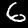
Digit: 6